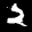
Label: 2